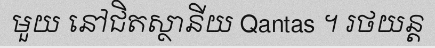
មួយ នៅជិតស្ថានីយ Qantas ។ រថយន្ត